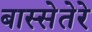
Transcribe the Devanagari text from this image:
बास्सेतेरे